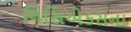
લિસિએકસના